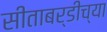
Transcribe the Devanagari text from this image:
सीताबर्डीच्या